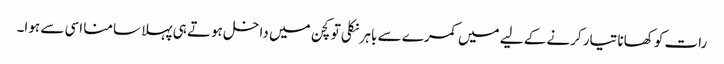
رات کو کھانا تیار کرنے کے لیے میں کمرے سے باہر نکلی تو کچن میں داخل ہوتے ہی پہلا سامنا اسی سے ہوا۔